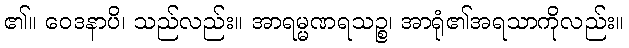
၏။ ဝေဒနာပိ၊ သည်လည်း။ အာရမ္မဏရသဉ္စ၊ အာရုံ၏အရသာကိုလည်း။